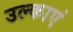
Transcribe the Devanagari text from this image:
उल्काएं